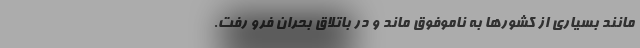
مانند بسیاری از کشورها به ناموفوق ماند و در باتلاقِ بحران فرو رفت.